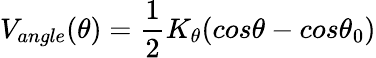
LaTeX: V_{angle}(\theta)=\frac{1}{2}K_{\theta}(cos\theta-cos\theta_{0})